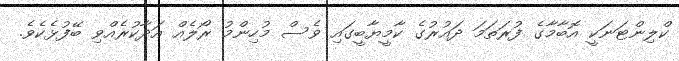
ކްލިންޓަނަކީ އޮބާމާގެ ފުރަތަމަ ދައުރުގެ ކާމީޔާބީގައި ވެސް މުހިންމު ރޯލެއް އަދާކުރެއްވި ބޭފުޅެކެވެ.